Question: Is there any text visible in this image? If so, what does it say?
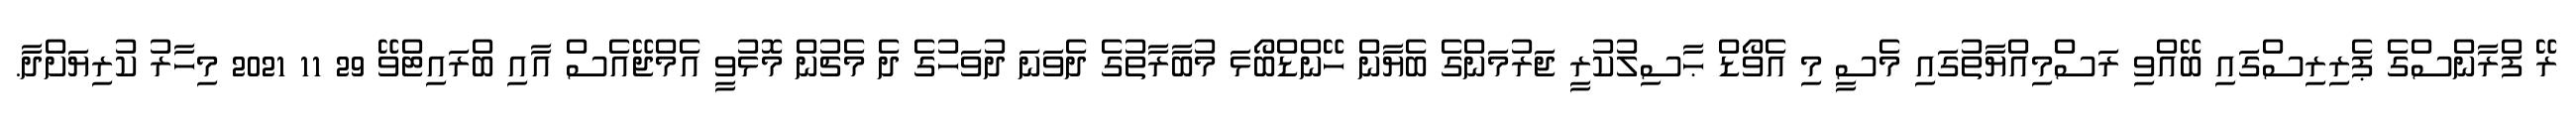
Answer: ރޭ ފްރާންސްގެ ޕެރިރިސްގައި ބޭއްވި ރަސްމިއްޔާތުގައި މެސީ މި އެވޯޑް ޙާސިލުކުރީ ޖަރުމަންގެ ބެޔާން ހޭންޑްބޯޅަ މުބާރާތުގެ ދެވަނަ ދުވަހުގެ ދެ މެޗުން މޮޅުވީ އެމްޖޭއެސް އާއި ބްރައިޓްވޭ 29 11 2021 މިހާރު ކުރިޔަށްދާ.